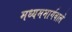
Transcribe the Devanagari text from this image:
मध्यममार्गवाले